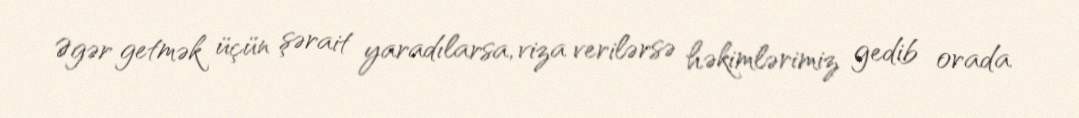
Əgər getmək üçün şərait yaradılarsa, viza verilərsə həkimlərimiz gedib orada